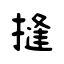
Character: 摓